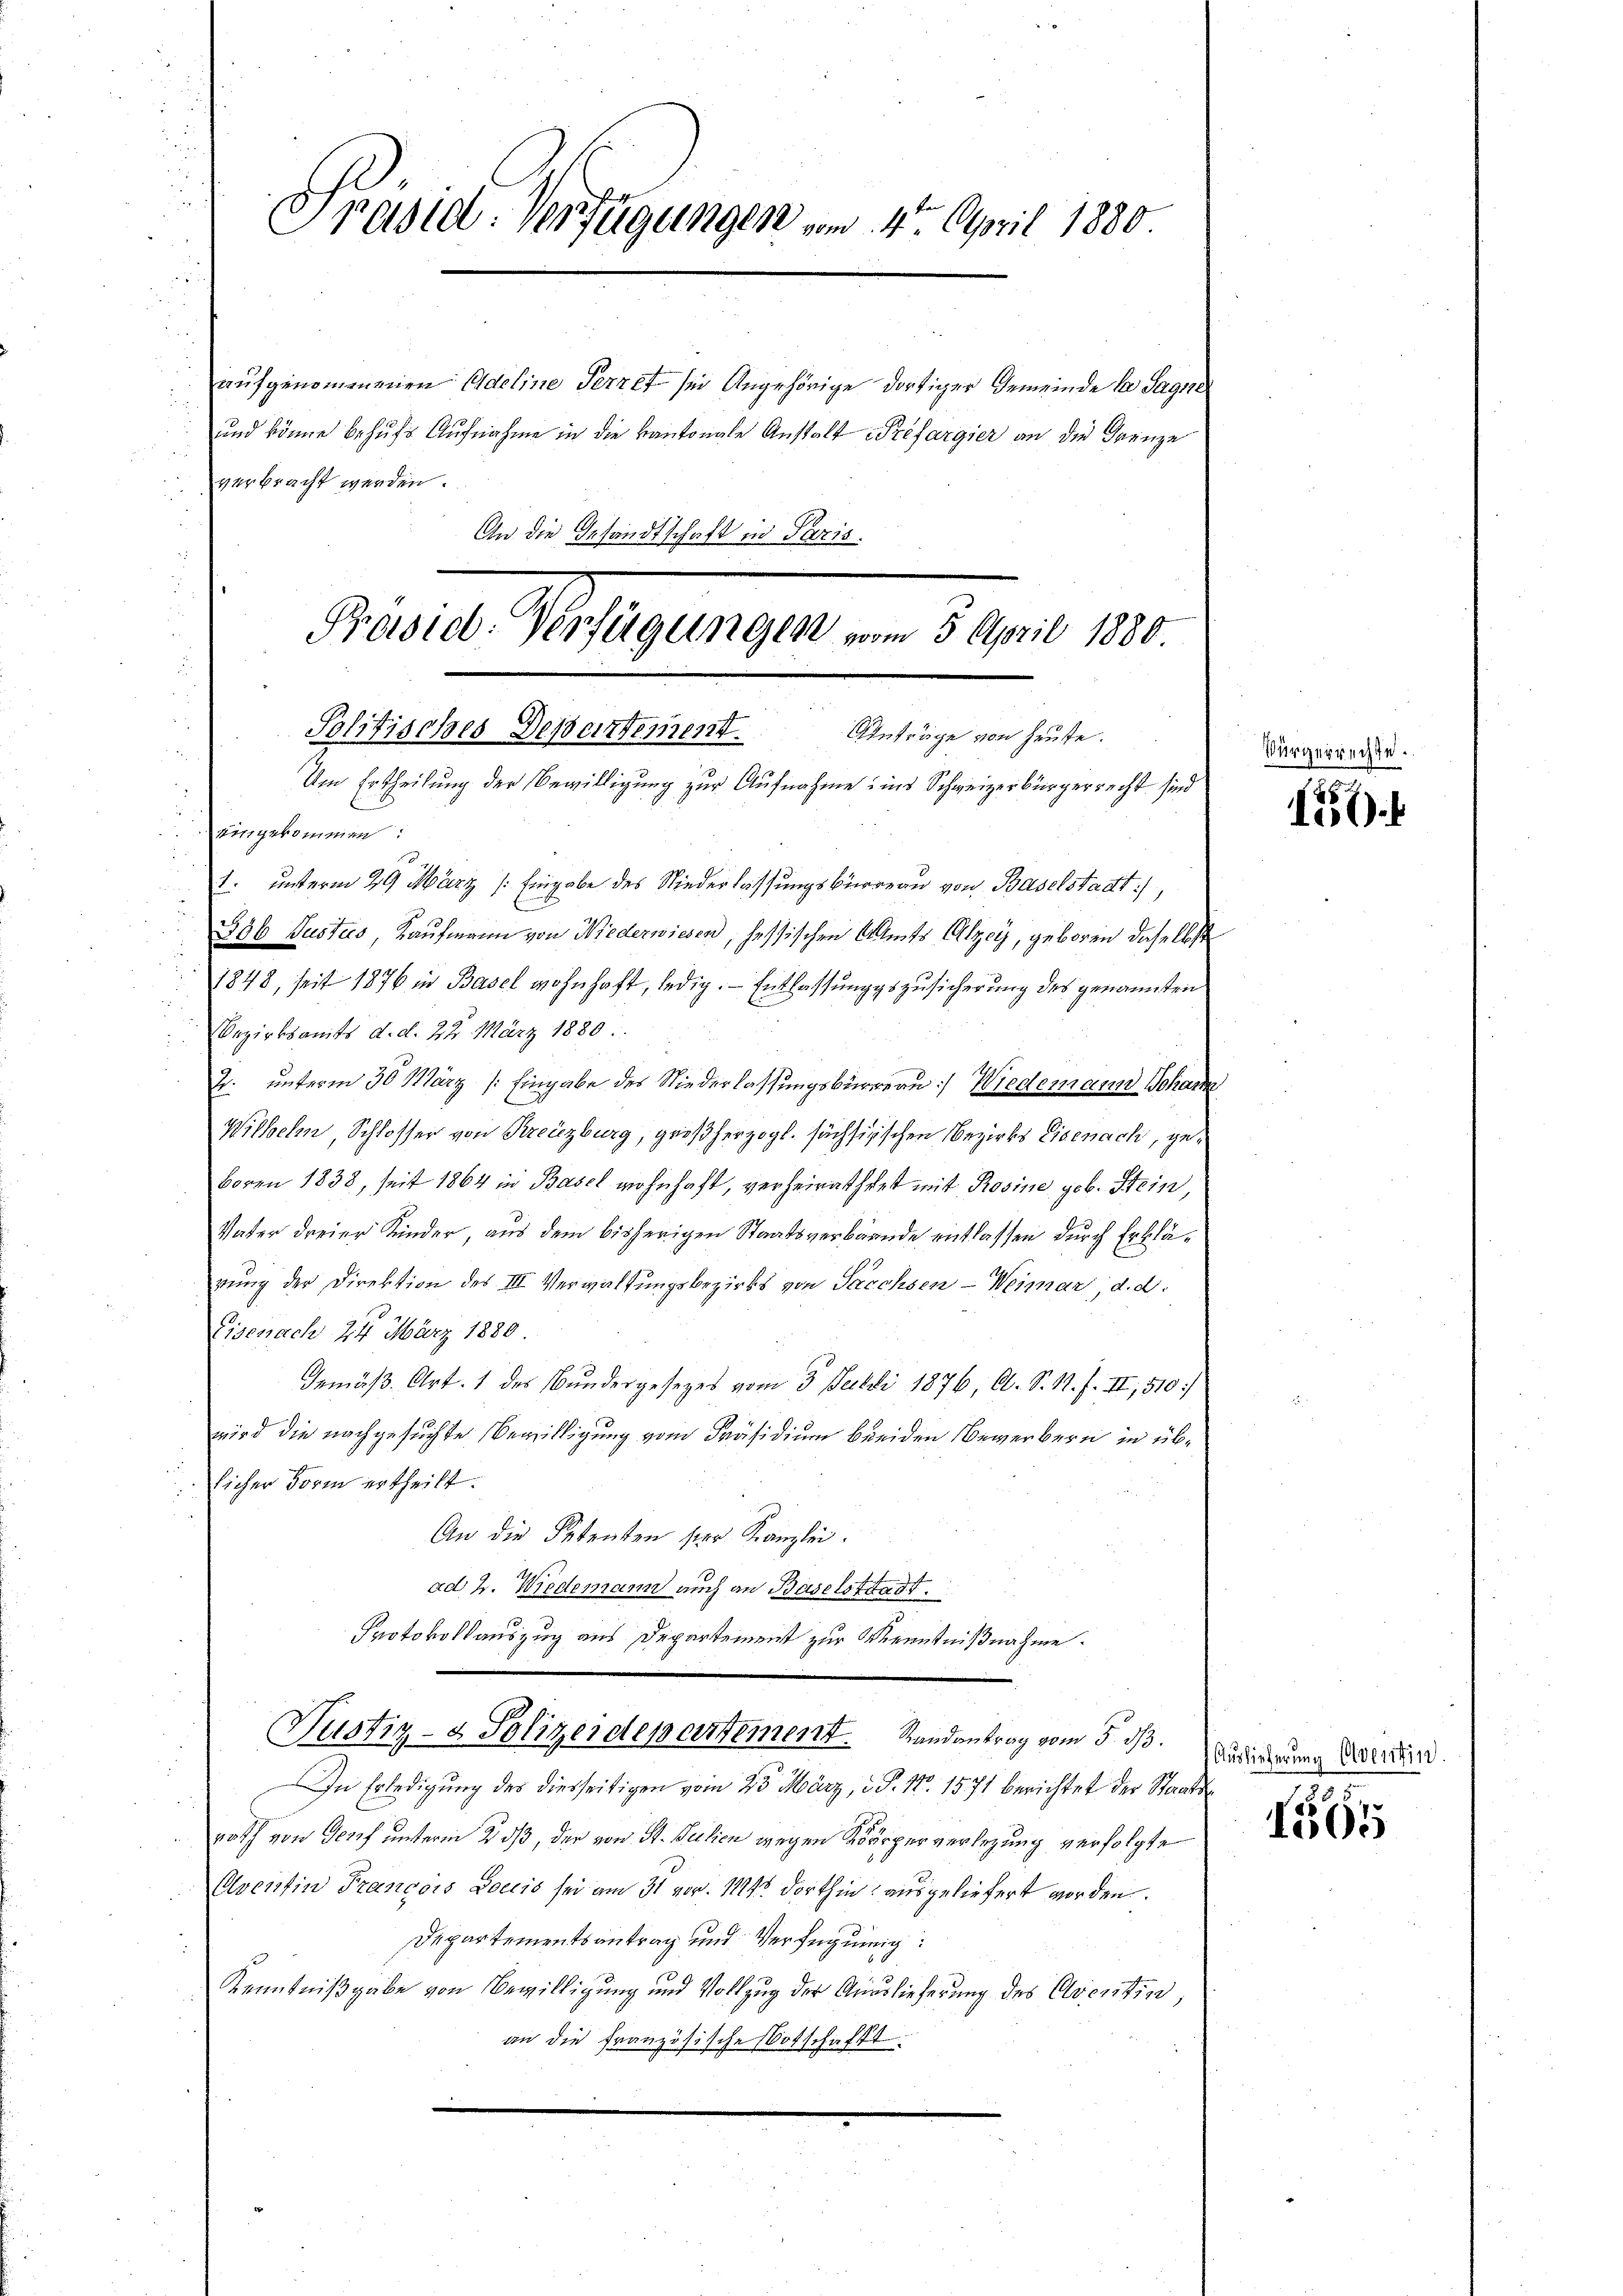
u
An die Gesandtschaft in Paris.

Präsid. Verfügungen vom 4. April 1880.
aufgenommenen Adeline Ternet sei Angehörige dortiger Gemeinde der Sagere
und könne behufs Aufnahme in die kantonale Anstalt refargier an die Franze
verbracht werden.

Prastet. Verfügungen vom 5. April 1880.
Politisches Dessartement. Anträge von heute.
Um Ertheilung der Bewilligung zur Aufnahme ins Schweizerbürgerrecht sind
Zungekommen.
1. unterm 29. März /: Eingabe des Niederlassungsbüreau von Baselstadt,

386 Pusters Kaufmann von Niederwiesen, hessischen Amts Alzey, geboren daselbst
1848, seit 1876 in Basel wohnhaft, ledig. Entlassungszusicherung des genannten
bezirksamts d. d. 22. März 1880.
2. unterm 30 März /: Eingabe des Niederlassungsbüreau) Wiedemann Johann
Wilhelm, Schlosser von Kreuzburg, großherzogl. sächsisischen Bezirks Eisenach, geboren 1838, seit 1864 in Basel wohnhaft, verheirathet mit Rosine geb. Stein,
Vater dreier Kinder, aus dem bisherigen Staatsverbände entlassen durch Erklärung der Direktion des III Verwaltungsbezirks von Sacchsen-Weimar d. d.
Eisenach 24 März 1880
Gemäß Art. 1 des Bundergesetzes vom 3. Juli 1876, A. S. 1. f. II, 510
wird die nachgesuchte Bewilligung vom Präsidium breiden Bewerbern in üblicher Form ertheilt.
An die Petenten hier Kanzlei.
ad 2. Wiedemann auch an Baselstadt.
Protokollauszug aus Departement zur Kenntnißnahme.
Justiz- & Polizeidepartement. Randantrag vom 5. ds.
In Erledigung des diesseitigen vom 23 März, 2 P. Nr. 1571 berichtet der Staatsrath von Genf unterm 2 dß, der von St. Julien wegen Körperverlegung verfolgte
Alventin Francois Doctis sei am 31 vor. Mts. dorthin ausgeliefert worden.
Departementsantrag und Verfügung:
Kenntnißgabe von Bewilligung und Vollzug der Auslieferung des Aventin,
an die französische Botschafft

Vürgerrechte.

1)

Auslieferung Olventin.

1565